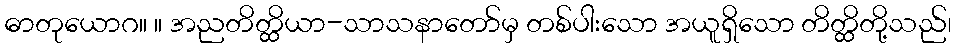
ဓာတုယောဂ။ ။ အညတိတ္ထိယာ-သာသနာတော်မှ တစ်ပါးသော အယူရှိသော တိတ္ထိတို့သည်၊